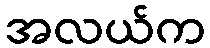
အလယ်က